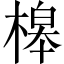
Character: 槔